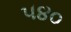
૫૪૦